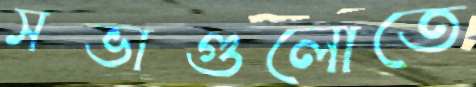
সভাগুলোতে